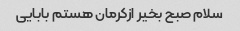
سلام صبح بخیر ازکرمان هستم بابایی